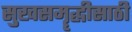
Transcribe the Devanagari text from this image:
सुखसमॄद्धीसाठी